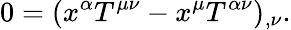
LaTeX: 0=(x^{\alpha}T^{\mu\nu}-x^{\mu}T^{\alpha\nu})_{,\nu}.